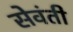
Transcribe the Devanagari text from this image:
सेवंती